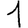
Digit: 1